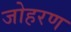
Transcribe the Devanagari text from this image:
जोहरण